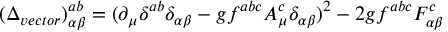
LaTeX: ( \Delta _ { v e c t o r } ) _ { \alpha \beta } ^ { a b } = ( \partial _ { \mu } \delta ^ { a b } \delta _ { \alpha \beta } - g f ^ { a b c } A _ { \mu } ^ { c } \delta _ { \alpha \beta } ) ^ { 2 } - 2 g f ^ { a b c } F _ { \alpha \beta } ^ { c }